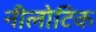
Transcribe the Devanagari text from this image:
नीलोटिक